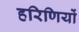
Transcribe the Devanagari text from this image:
हरिणियों